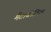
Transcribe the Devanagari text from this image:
मैटाबोलिज़्म